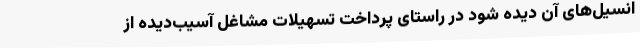
انسیل‌های آن دیده شود در راستای پرداخت تسهیلات مشاغل آسیب‌دیده از